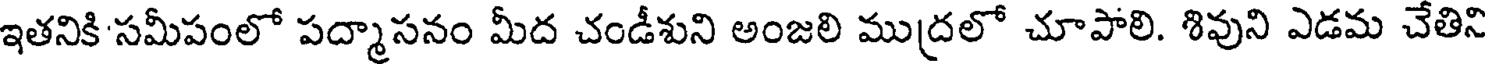
ఇతనికి సమీపంలో పద్మాసనం మీద చండీశుని అంజలి ముద్రలో చూపాలి. శివుని ఎడమ చేతిని